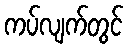
ကပ်လျက်တွင်